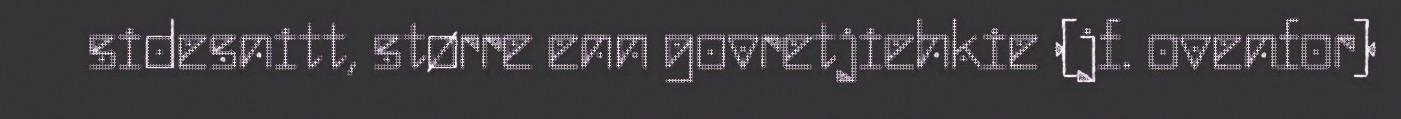
sidesnitt, større enn govretjiehkie (jf. ovenfor)